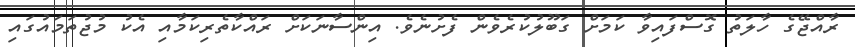
ރާއްޖޭގެ ހާލަތު ގޮސްފައިވާ ކަމަށް ގަބޫލުކުރެވެން ފެށުނެވެ. އިންސާނަކަށް ރައްކާތެރިކަމާއި އެކު މުޖުތަމައުގައި